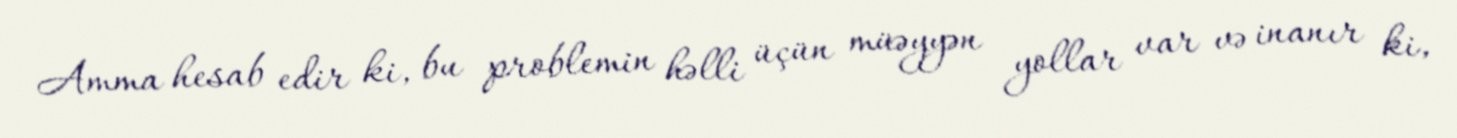
Amma hesab edir ki, bu problemin həlli üçün müəyyən yollar var və inanır ki,